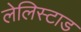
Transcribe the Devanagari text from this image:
लेलिस्टाड